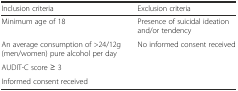
<table><thead><tr><td><b>Inclusion criteria</b></td><td><b>Exclusion criteria</b></td></tr></thead><tbody><tr><td>Minimum age of 18</td><td>Presence of suicidal ideation and/or tendency</td></tr><tr><td>An average consumption of &gt;24/12g (men/women) pure alcohol per day</td><td>No informed consent received</td></tr><tr><td>AUDIT-C score ≥ 3</td><td></td></tr><tr><td>Informed consent received</td><td></td></tr></tbody></table>